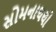
સોમનાથથી